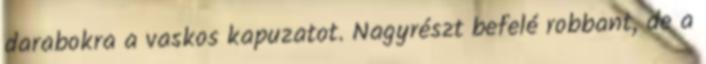
darabokra a vaskos kapuzatot. Nagyrészt befelé robbant, de a